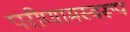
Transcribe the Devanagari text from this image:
परीणामस्वरूप